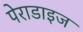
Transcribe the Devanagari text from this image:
पेराडाइज